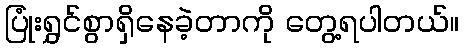
ပြုံးရွှင်စွာရှိနေခဲ့တာကို တွေ့ရပါတယ်။